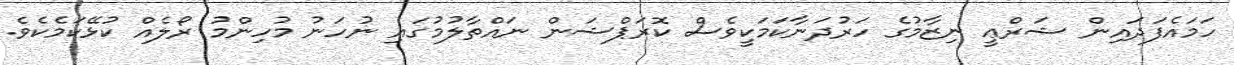
ހަމައެފަދައިން ޝަރްޢީ ނިޒާމުގެ ހަރުދަނާކަމަކީވެސް ކޮރަޕްޝަން ނައްތާލުމުގައި ނުހަނު މުހިންމު ރޯލެއް ކުޅޭކަމެކެވެ.